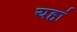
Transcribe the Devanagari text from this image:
यहां